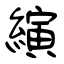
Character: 縯